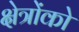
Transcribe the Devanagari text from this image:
क्षेत्रोंको